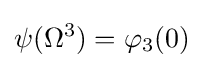
\psi (\Omega ^{3})=\varphi _{3}(0)